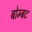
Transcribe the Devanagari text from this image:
बोम्बट